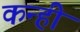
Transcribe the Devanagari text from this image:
कन्ही